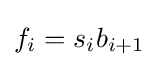
f_{i}=s_{i}b_{i+1}